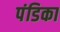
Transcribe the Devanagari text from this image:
पंडिका